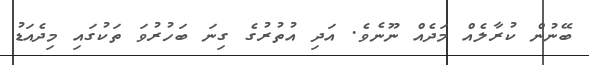
ބޭނުން ކުރާލެއް މަދެއް ނޫނެވެ. އަދި އުތުރުގެ ގިނަ ބަހުރުވަ ތަކުގައި މިދެއަޑު